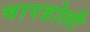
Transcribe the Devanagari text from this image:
वारडोली